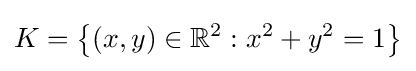
K=\left\{(x,y)\in \mathbb {R} ^{2}:x^{2}+y^{2}=1\right\}